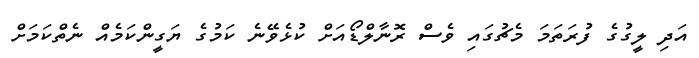
އަދި ލީގުގެ ފުރަތަމަ މެޗުގައި ވެސް ރޮނާލްޑޯއަށް ކުޅެވޭނެ ކަމުގެ ޔަގީންކަމެއް ނެތްކަމަށް